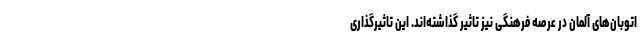
اتوبان‌های آلمان در عرصه فرهنگی نیز تاثیر گذاشته‌اند. این تاثیرگذاری